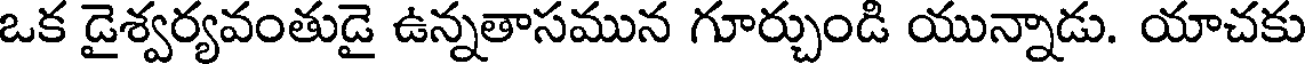
ఒక డైశ్వర్యవంతుడై ఉన్నతాసమున గూర్చుండి యున్నాడు. యాచకు